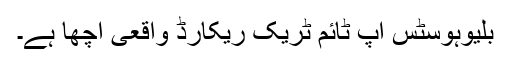
بلیوہوسٹس اپ ٹائم ٹریک ریکارڈ واقعی اچھا ہے۔